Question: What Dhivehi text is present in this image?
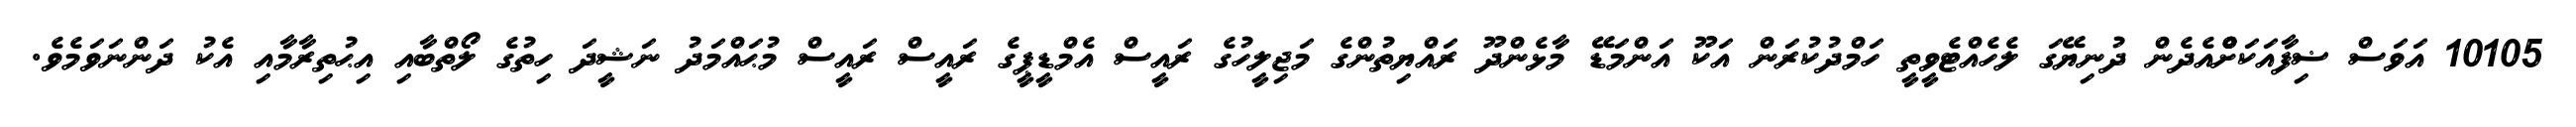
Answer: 10105 އަވަސް ޟިފާއަކަށްްްއެދެން ދުނިޔޭގަ ލެހެއްޓެވީތީ ހަމްދުކުރަން އަކޫ އަންމަޑޭ މާޅެންދޫ ރައްޔިތުންގެ މަޖިލީހުގެ ރައީސް އެމްޑީޕީގެ ރައީސް ރައީސް މުޙައްމަދު ނަޝީދަ ހިތުގެ ލޯތްބާއި އިޙުތިރާމާއި އެކު ދަންނަވަމެވެ.